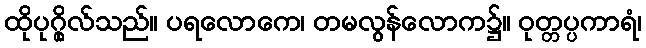
ထိုပုဂ္ဂိုလ်သည်။ ပရလောကေ၊ တမလွန်လောက၌။ ဝုတ္တပ္ပကာရံ၊